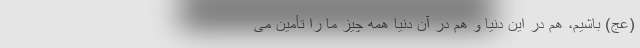
(عج) باشیم، هم در این دنیا و هم در آن دنیا همه چیز ما را تأمین می